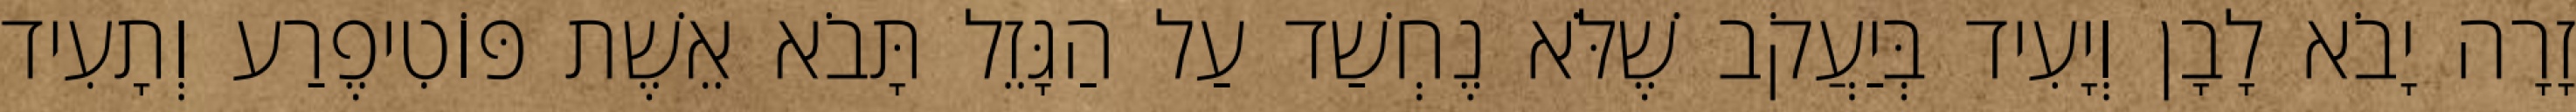
זָרָה יָבֹא לָבָן וְיָעִיד בְּיַעֲקֹב שֶׁלֹּא נֶחְשַׁד עַל הַגָּזֵל תָּבֹא אֵשֶׁת פּוֹטִיפֶרַע וְתָעִיד